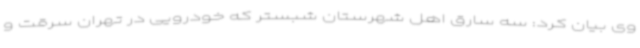
وی بیان کرد: سه سارق اهل شهرستان شبستر که خودرویی در تهران سرقت و